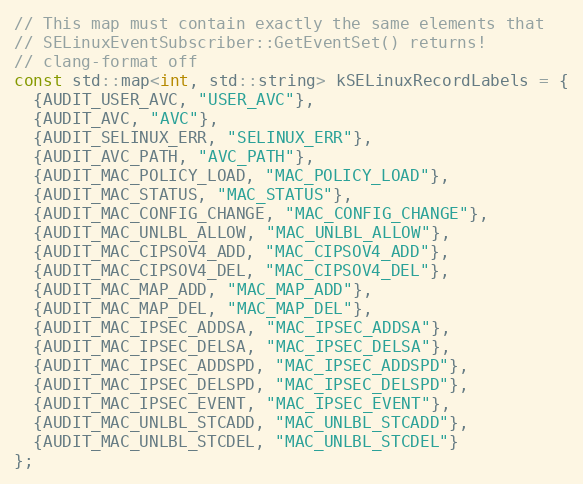
Language: C
// This map must contain exactly the same elements that
// SELinuxEventSubscriber::GetEventSet() returns!
// clang-format off
const std::map<int, std::string> kSELinuxRecordLabels = {
  {AUDIT_USER_AVC, "USER_AVC"},
  {AUDIT_AVC, "AVC"},
  {AUDIT_SELINUX_ERR, "SELINUX_ERR"},
  {AUDIT_AVC_PATH, "AVC_PATH"},
  {AUDIT_MAC_POLICY_LOAD, "MAC_POLICY_LOAD"},
  {AUDIT_MAC_STATUS, "MAC_STATUS"},
  {AUDIT_MAC_CONFIG_CHANGE, "MAC_CONFIG_CHANGE"},
  {AUDIT_MAC_UNLBL_ALLOW, "MAC_UNLBL_ALLOW"},
  {AUDIT_MAC_CIPSOV4_ADD, "MAC_CIPSOV4_ADD"},
  {AUDIT_MAC_CIPSOV4_DEL, "MAC_CIPSOV4_DEL"},
  {AUDIT_MAC_MAP_ADD, "MAC_MAP_ADD"},
  {AUDIT_MAC_MAP_DEL, "MAC_MAP_DEL"},
  {AUDIT_MAC_IPSEC_ADDSA, "MAC_IPSEC_ADDSA"},
  {AUDIT_MAC_IPSEC_DELSA, "MAC_IPSEC_DELSA"},
  {AUDIT_MAC_IPSEC_ADDSPD, "MAC_IPSEC_ADDSPD"},
  {AUDIT_MAC_IPSEC_DELSPD, "MAC_IPSEC_DELSPD"},
  {AUDIT_MAC_IPSEC_EVENT, "MAC_IPSEC_EVENT"},
  {AUDIT_MAC_UNLBL_STCADD, "MAC_UNLBL_STCADD"},
  {AUDIT_MAC_UNLBL_STCDEL, "MAC_UNLBL_STCDEL"}
};